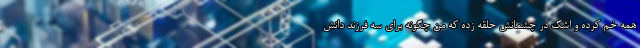
همه خم کرده و اشک در چشمانش حلقه زده که من چگونه برای سه فرزند دانش